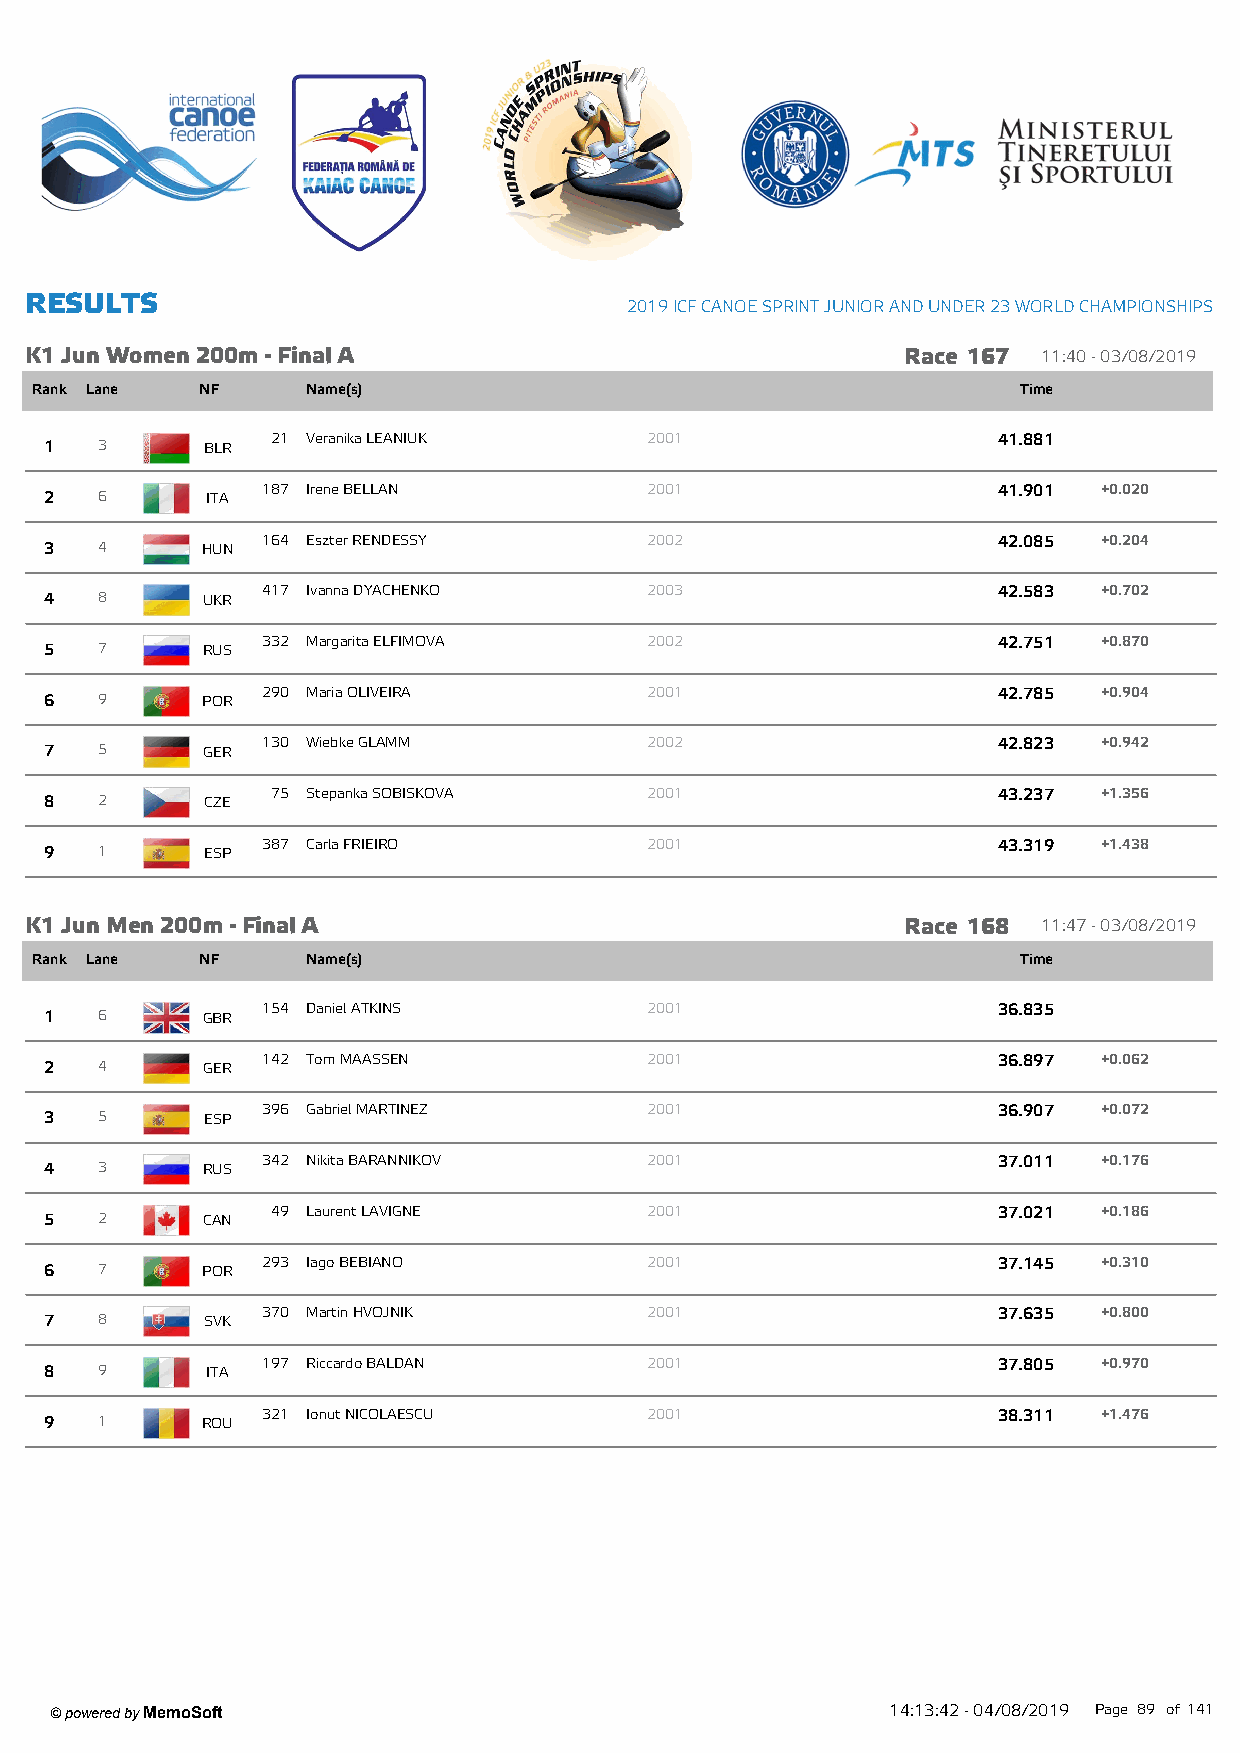
R ESU LTS
 2019 ICF CANOE SPRINT JUNIOR AND UNDER 23 W ORLD CHAMPIONSHIPS
 K1 Jun W om en 200m - Final A                             Race 167 11:40 - 03/08/2019
 Rank Lane  NF     Name(s)                                         Time
 21 Veranika LEANIUK      2001                   41.881
 1  3      BLR
 187 Irene BELLAN          2001                   41.901 +0.020
 2  6       ITA
 164 Eszter RENDESSY       2002                   42.085 +0.204
 3  4      HUN
 417 Ivanna DYACHENKO      2003                   42.583 +0.702
 4  8      UKR
 332 Margarita ELFIMOVA    2002                   42.751 +0.870
 5  7      RUS
 290 Maria OLIVEIRA        2001                   42.785 +0.904
 6  9      POR
 130 Wiebke GLAMM          2002                   42.823 +0.942
 7  5      GER
 75 Stepanka SOBISKOVA    2001                   43.237 +1.356
 8  2       CZE
 387 Carla FRIEIRO         2001                   43.319 +1.438
 9  1      ESP
 K1 Jun M en 200m - Final A                                Race 168 11:47 - 03/08/2019
 Rank Lane  NF     Name(s)                                         Time
 154 Daniel ATKINS         2001                   36.835
 1  6      GBR
 142 Tom MAASSEN           2001                   36.897 +0.062
 2  4      GER
 396 Gabriel MARTINEZ      2001                   36.907 +0.072
 3  5      ESP
 342 Nikita BARANNIKOV     2001                   37.011 +0.176
 4  3      RUS
 49 Laurent LAVIGNE       2001                   37.021 +0.186
 5  2      CAN
 293 Iago BEBIANO          2001                   37.145 +0.310
 6  7      POR
 370 Martin HVOJNIK        2001                   37.635 +0.800
 7  8      SVK
 197 Riccardo BALDAN       2001                   37.805 +0.970
 8  9       ITA
 321 Ionut NICOLAESCU      2001                   38.311 +1.476
 9  1      ROU
 ' powered by MemoSoft                                   14:13:42 - 04/08/2019 Page 89 of141